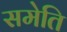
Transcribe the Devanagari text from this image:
समेति